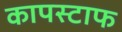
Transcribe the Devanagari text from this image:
कापस्टाफ